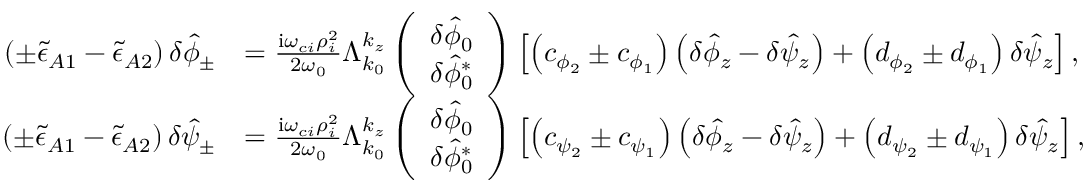
\begin{array} { r l } { \left( \pm \tilde { \epsilon } _ { A 1 } - \tilde { \epsilon } _ { A 2 } \right) \delta \hat { \phi } _ { \pm } } & { = \frac { \mathrm { i } \omega _ { c i } \rho _ { i } ^ { 2 } } { 2 \omega _ { 0 } } \Lambda _ { k _ { 0 } } ^ { k _ { z } } \left( \begin{array} { c } { \delta \hat { \phi } _ { 0 } } \\ { \delta \hat { \phi } _ { 0 } ^ { * } } \end{array} \right) \left[ \left( c _ { \phi _ { 2 } } \pm c _ { \phi _ { 1 } } \right) \left( \delta \hat { \phi } _ { z } - \delta \hat { \psi } _ { z } \right) + \left( d _ { \phi _ { 2 } } \pm d _ { \phi _ { 1 } } \right) \delta \hat { \psi } _ { z } \right] , } \\ { \left( \pm \tilde { \epsilon } _ { A 1 } - \tilde { \epsilon } _ { A 2 } \right) \delta \hat { \psi } _ { \pm } } & { = \frac { \mathrm { i } \omega _ { c i } \rho _ { i } ^ { 2 } } { 2 \omega _ { 0 } } \Lambda _ { k _ { 0 } } ^ { k _ { z } } \left( \begin{array} { c } { \delta \hat { \phi } _ { 0 } } \\ { \delta \hat { \phi } _ { 0 } ^ { * } } \end{array} \right) \left[ \left( c _ { \psi _ { 2 } } \pm c _ { \psi _ { 1 } } \right) \left( \delta \hat { \phi } _ { z } - \delta \hat { \psi } _ { z } \right) + \left( d _ { \psi _ { 2 } } \pm d _ { \psi _ { 1 } } \right) \delta \hat { \psi } _ { z } \right] , } \end{array}